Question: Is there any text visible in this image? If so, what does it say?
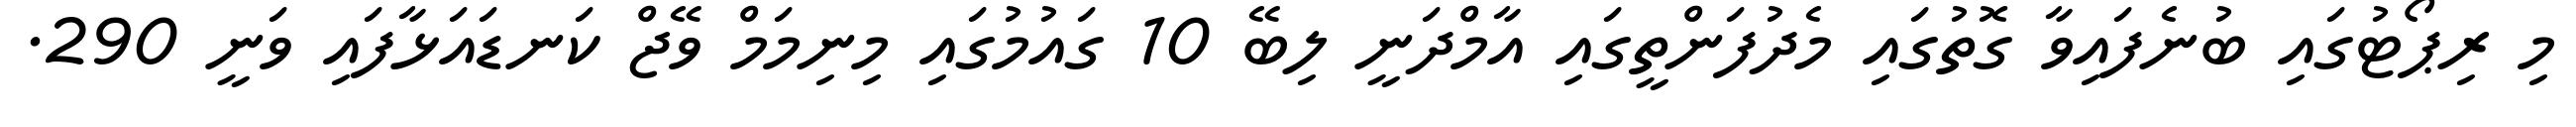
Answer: މި ރިޕޯޓުގައި ބުނެފައިވާ ގޮތުގައި މެދުފަންތީގައި އާމްދަނީ ލިބޭ 10 ގައުމުގައި މިނިމަމް ވޭޖް ކަނޑައަޅާފައި ވަނީ 290.